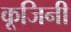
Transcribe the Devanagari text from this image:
कूजिनी